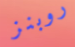
روبنز